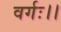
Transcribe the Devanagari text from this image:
वर्गः।।